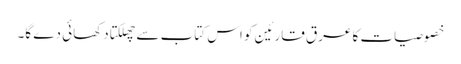
خصوصیات کا عرق قارئین کو اس کتاب سے چھلکتا دکھائی دے گا۔